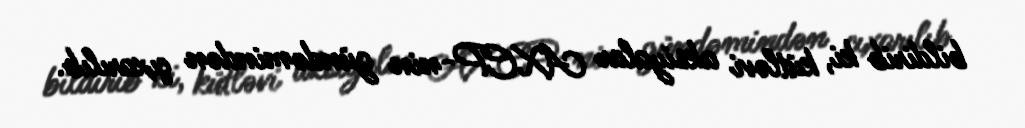
bildirib ki, kütləvi aksiyalar AXCP-nin gündəmindən çıxarılıb.